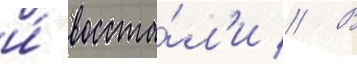
и́ восста́л'и // В